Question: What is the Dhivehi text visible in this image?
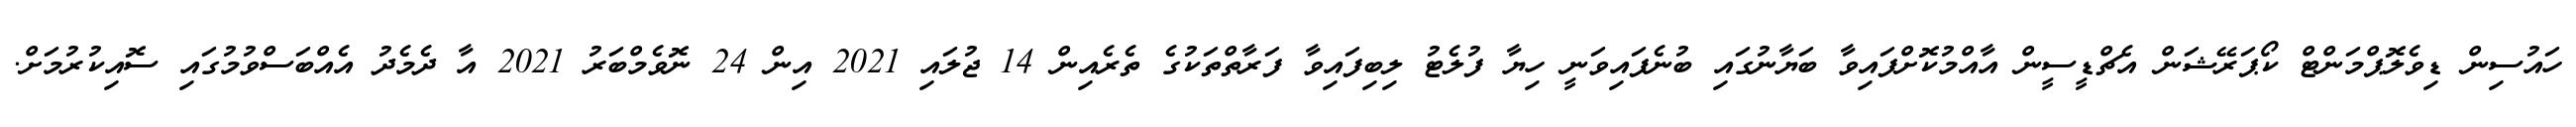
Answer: ހައުސިން ޑިވެލޮޕްމަންޓް ކޯޕަރޭޝަން އެޗްޑީސީން އާއްމުކޮށްފައިވާ ބަޔާނުގައި ބުނެފައިވަނީ ހިޔާ ފުލެޓު ލިބިފައިވާ ފަރާތްތަކުގެ ތެރެއިން 14 ޖުލައި 2021 އިން 24 ނޮވެމްބަރު 2021 އާ ދެމެދު އެއްބަސްވުމުގައި ސޮއިކުރުމަށް.